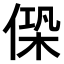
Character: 𠌖